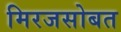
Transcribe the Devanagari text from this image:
मिरजसोबत